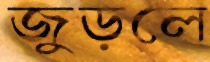
জুড়লে